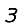
Digit: 3